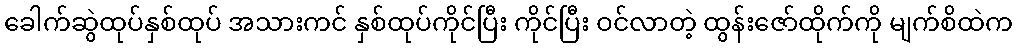
ခေါက်ဆွဲထုပ်နှစ်ထုပ် အသားကင် နှစ်ထုပ်ကိုင်ပြီး ကိုင်ပြီး ဝင်လာတဲ့ ထွန်းဇော်ထိုက်ကို မျက်စိထဲက